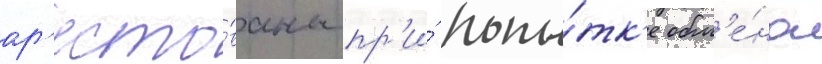
ар'есто́ваны пр'и́ попы́тк'е обм'е́на